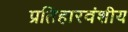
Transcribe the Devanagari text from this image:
प्रतिहारवंशीय